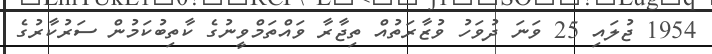
1954 ޖުލައި 25 ވަނަ ދުވަހު ވުޒާރަތުއް ތިޖާރާ ވައްތަމްވީނުގެ ކާތިބުކަމުން ސަރުކާރުގެ